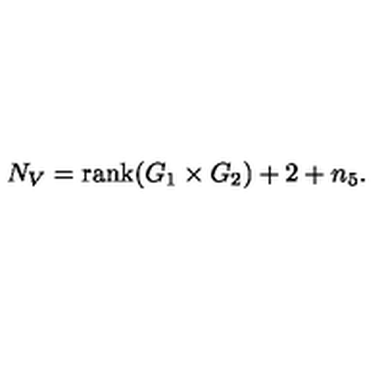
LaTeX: N _ { V } = \mathrm { r a n k } ( G _ { 1 } \times G _ { 2 } ) + 2 + n _ { 5 } .